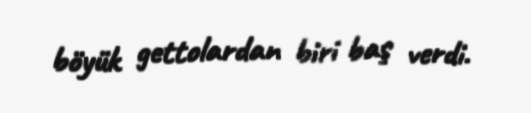
böyük gettolardan biri baş verdi.